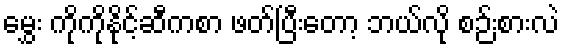
မွှေး ကိုကိုနိုင့်ဆီကစာ ဖတ်ပြီးတော့ ဘယ်လို စဉ်းစားလဲ